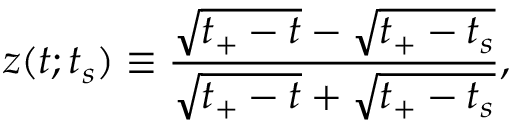
z ( t ; t _ { s } ) \equiv \frac { \sqrt { t _ { + } - t } - \sqrt { t _ { + } - t _ { s } } } { \sqrt { t _ { + } - t } + \sqrt { t _ { + } - t _ { s } } } ,